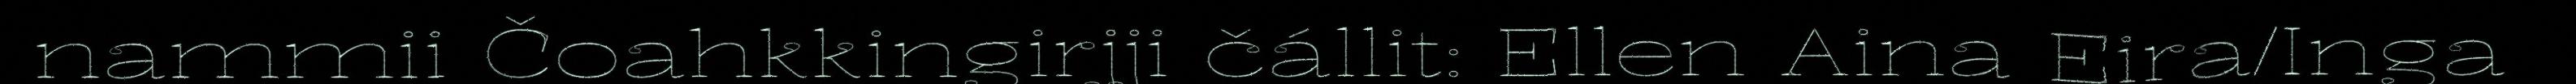
nammii Čoahkkingirjji čállit: Ellen Aina Eira/Inga